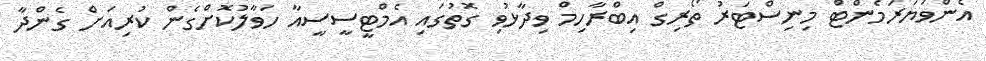
އެންވަޔަރަމެންޓް މިނިސްޓަރު ތޯރިގް އިބްރާހިމް ވިދާޅުވި ގޮތުގައި އެމްޓީސީސީއާ ހަވާލުކޮށްގެން ކުރިއަށް ގެންދާ